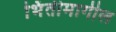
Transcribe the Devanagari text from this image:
भिंतीमागील